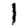
Digit: 1